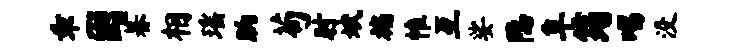
乖困暮相瑶晌苟肘斌褊帷互娑隐阜筠唱没